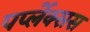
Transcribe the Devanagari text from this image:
पर्प्लेक्सस